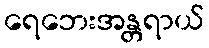
ရေဘေးအန္တရာယ်